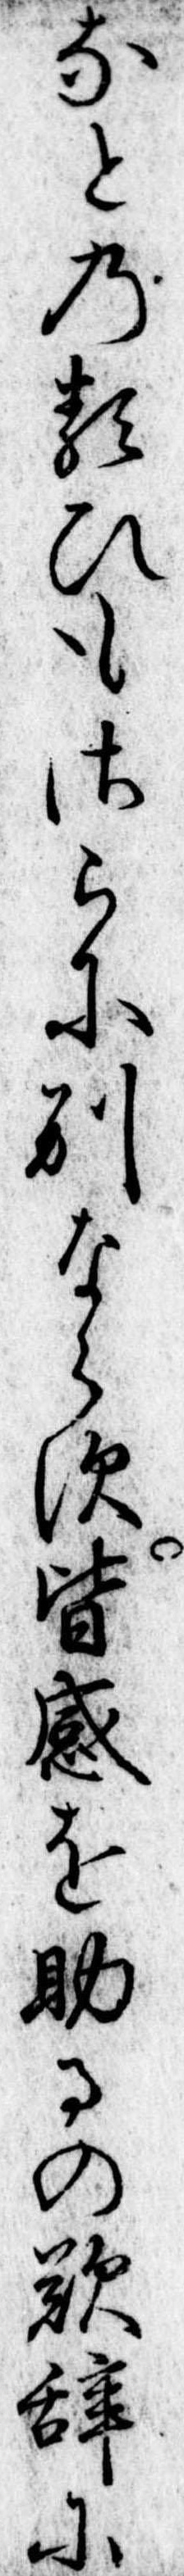
なとの類ひもさらに別ならす皆感を助るの歎辞に